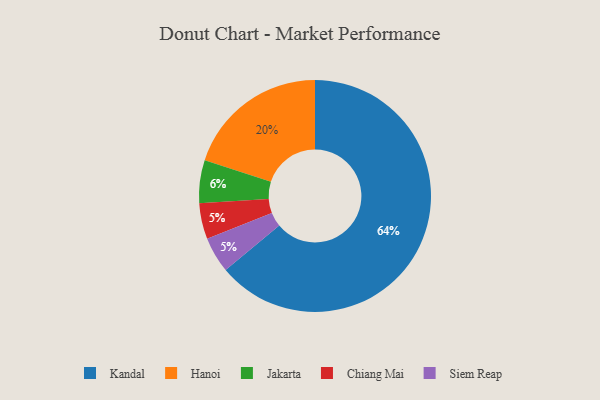
{"axis": {"x": "Category", "y": "Percentage"}, "legend": ["Chiang Mai", "Hanoi", "Jakarta", "Kandal", "Siem Reap"], "data": [{"x": "Kandal", "y": 64, "type": "Kandal"}, {"x": "Chiang Mai", "y": 5, "type": "Chiang Mai"}, {"x": "Hanoi", "y": 20, "type": "Hanoi"}, {"x": "Siem Reap", "y": 5, "type": "Siem Reap"}, {"x": "Jakarta", "y": 6, "type": "Jakarta"}]}